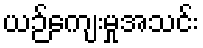
ယဉ်ကျေးမှုအသင်း